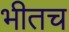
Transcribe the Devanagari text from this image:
भीतच